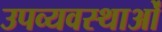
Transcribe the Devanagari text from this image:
उपव्यवस्थाओं